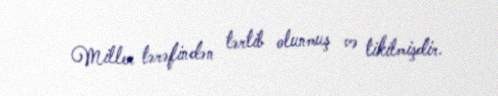
Miller tərəfindən tərtib olunmuş və tikilmişdir.